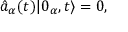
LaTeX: \hat { a } _ { \alpha } ( t ) \vert 0 _ { \alpha } , t \rangle = 0 ,